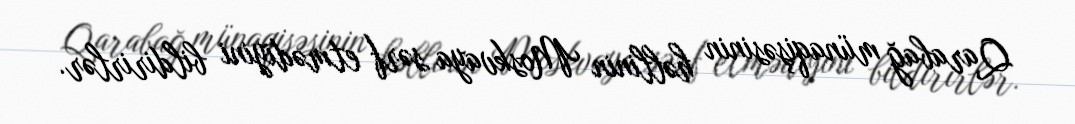
Qarabağ münaqişəsinin həllinin Moskvaya sərf etmədiyini bildirirlər.